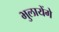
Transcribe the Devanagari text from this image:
भुलायेंगे